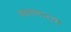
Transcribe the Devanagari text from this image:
स्त्रवणार्‍या